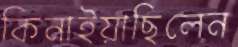
কিনাইয়াছিলেন